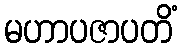
မဟာပဇာပတိံ